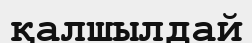
қалшылдай